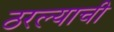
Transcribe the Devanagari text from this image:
ठरल्याची